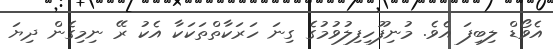
އެވޯޑް ލިބިފަ އެވެ. މުނިފޫހިފިލުވުމުގެ ގިނަ ހަރަކާތްތަކަކާ އެކު ރޭ ނިމިގެން ދިޔަ